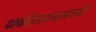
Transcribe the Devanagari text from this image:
पाकीस्तानमध्ये